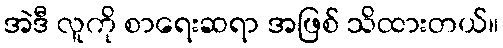
အဲဒီ လူကို စာရေးဆရာ အဖြစ် သိထားတယ်။